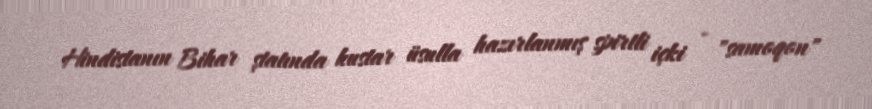
Hindistanın Bihar ştatında kustar üsulla hazırlanmış spirtli içki - "samoqon"